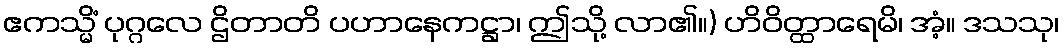
ဧကသ္မိံ ပုဂ္ဂလေ ဌိတာတိ ပဟာနေကဋ္ဌာ၊ ဤသို့ လာ၏။) ဟိဝိတ္ထာရေမိ၊ အံ့။ ဒသသု၊